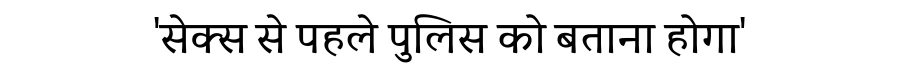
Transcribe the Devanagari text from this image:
'सेक्स से पहले पुलिस को बताना होगा'